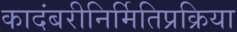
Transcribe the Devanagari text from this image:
कादंबरीनिर्मितिप्रक्रिया